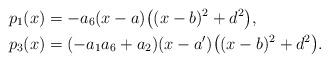
LaTeX: \begin{align*}p_1(x)&=-a_6 (x-a) \big((x-b)^2+d^2\big),\\p_3(x)&=(-a_1a_6+a_2) (x-a') \big((x-b)^2+d^2\big).\\\end{align*}